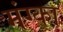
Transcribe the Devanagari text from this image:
मंग्का